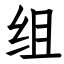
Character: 组